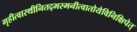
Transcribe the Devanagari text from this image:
गृहीत्वास्थीनितद्भस्मनीत्वातोयेविनिक्षिपेत्